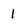
Character: 1